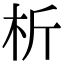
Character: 析